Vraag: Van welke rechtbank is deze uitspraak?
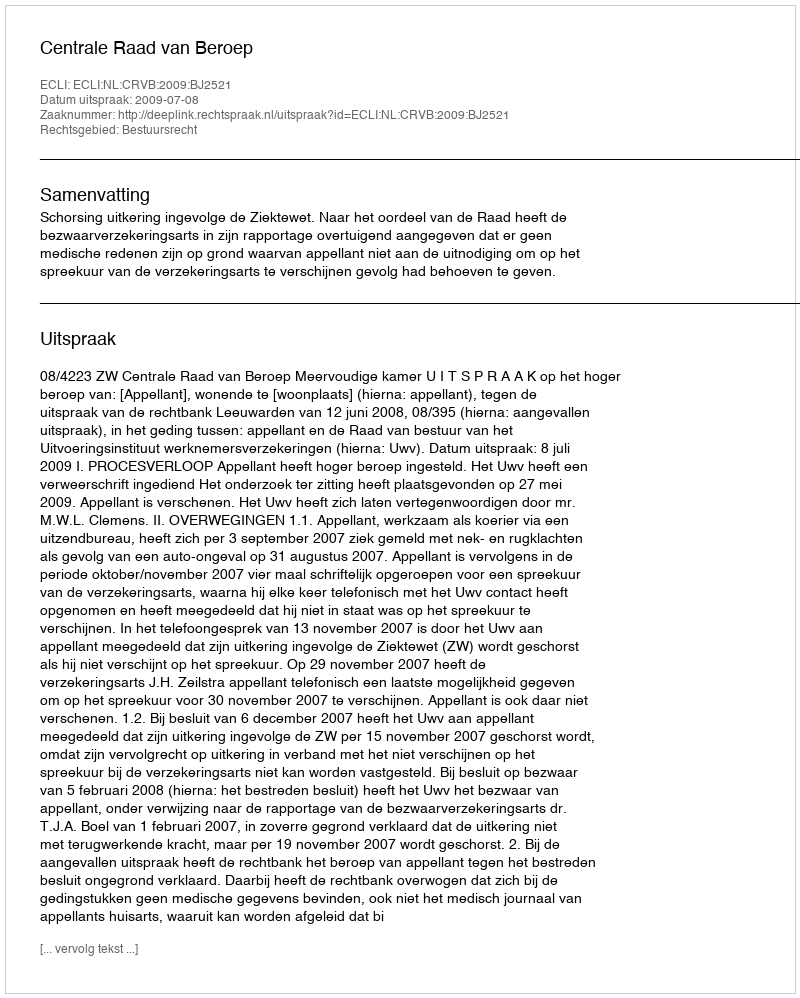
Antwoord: Centrale Raad van Beroep